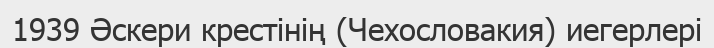
1939 Әскери крестінің (Чехословакия) иегерлері